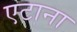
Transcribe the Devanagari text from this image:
एटाना